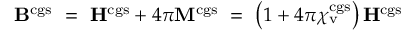
\mathbf { B } ^ { \mathrm { c g s } } \ = \ \mathbf { H } ^ { \mathrm { c g s } } + 4 \pi \mathbf { M } ^ { \mathrm { c g s } } \ = \ \left( 1 + 4 \pi \chi _ { \mathrm { v } } ^ { \mathrm { c g s } } \right) \mathbf { H } ^ { \mathrm { c g s } }